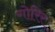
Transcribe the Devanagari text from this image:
गोरिर